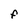
Character: F